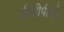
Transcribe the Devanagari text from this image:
डीसीपीडी